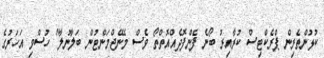
ކުޅުންތެރިން ޕްރެކްޓިސް ކުރާއިރު ބޯނެ ފެންފޮދެއްއޮތްތޯ ވެސް މެނޭޖްމަންޓުން ބަލާނުލާ" ހުސްވި އަހަރުގެ